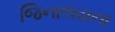
જિનાલયના